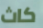
كاث